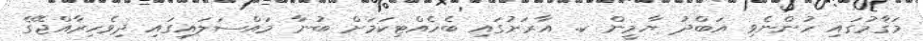
މަޤާމުގައި ހުންނެވި އަބްދު ޔާމީން ކ. އާރަށުގައި ބެހެއްޓިކަމަށް ބުނާ މައްސަލައިގައި ދިވެހިރާއްޖޭގެ